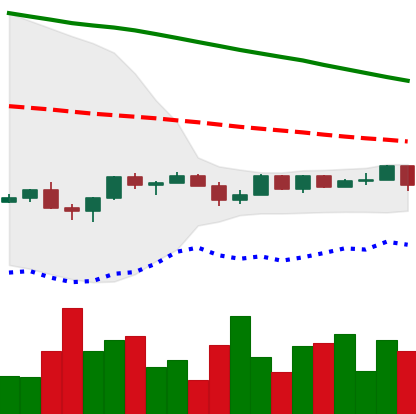
Ticker: NEO-USD
Chart end date: 2022-12-07
Forward return: 8.611%
Label: up_7plus